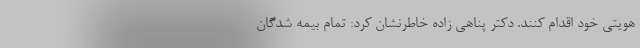
هویتی خود اقدام کنند. دکتر پناهی زاده خاطرنشان کرد: تمام بیمه شدگان